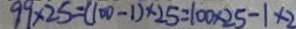
9 9 \times 2 5 = ( 1 0 0 - 1 ) \times 2 5 = 1 0 0 \times 2 5 - 1 \times 2